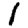
Digit: 1